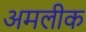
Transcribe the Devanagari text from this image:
अमलीक